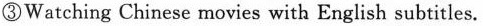
③Watching Chinese movies with English subtitles.